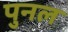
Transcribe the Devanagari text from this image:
पुनल